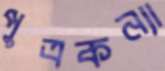
পুত্রকন্যা